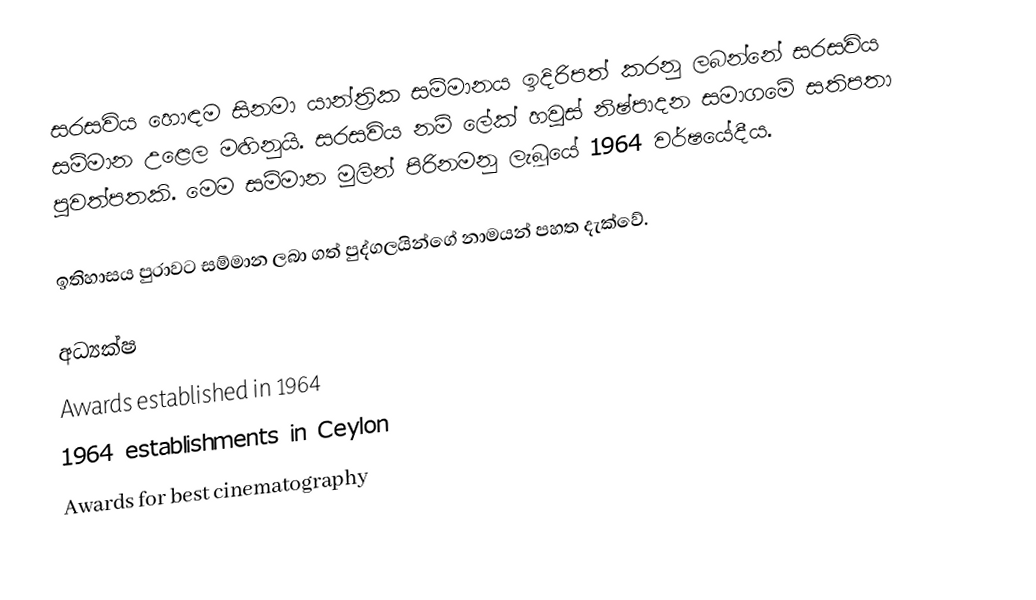
සරසවිය හොඳම සිනමා යාන්ත්‍රික සම්මානය ඉදිරිපත් කරනු ලබන්නේ සරසවිය සම්මාන උළෙල මඟිනුයි. සරසවිය  නම් ලේක් හවුස් නිෂ්පාදන සමාගමේ සතිපතා පුවත්පතකි. මෙම සම්මාන මුලින් පිරිනමනු ලැබූයේ 1964 වර්ෂයේදීය.

ඉතිහාසය පුරාවට සම්මාන ලබා ගත් පුද්ගලයින්ගේ නාමයන් පහත දැක්වේ.

අධ්‍යක්ෂ
Awards established in 1964
1964 establishments in Ceylon
Awards for best cinematography